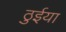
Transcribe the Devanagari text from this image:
ठुईया